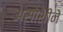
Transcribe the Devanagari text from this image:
असोशीने